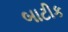
બાટીક